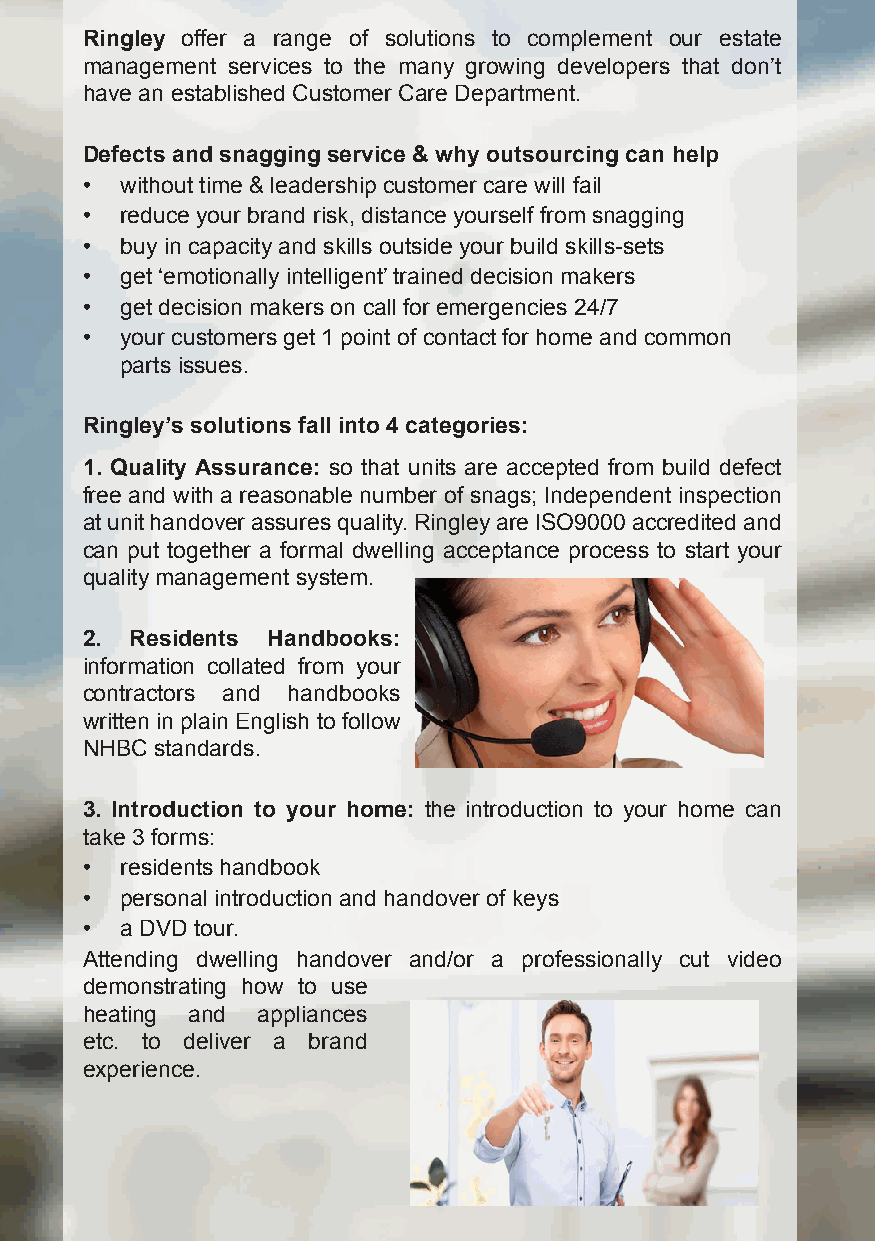
Ringley offer a range of solutions to complement our estate
 management services to the many growing developers that don’t
 have an established Customer Care Department.
 Defects and snagging service & why outsourcing can help
 •  without time & leadership customer care will fail
 •  reduce your brand risk, distance yourself from snagging
 •  buy in capacity and skills outside your build skills-sets
 •  get ‘emotionally intelligent’ trained decision makers
 •  get decision makers on call for emergencies 24/7
 •  your customers get 1 point of contact for home and common
 parts issues.
 Ringley’s solutions fall into 4 categories:
 1. Quality Assurance: so that units are accepted from build defect
 free and with a reasonable number of snags; Independent inspection
 at unit handover assures quality. Ringley are ISO9000 accredited and
 can put together a formal dwelling acceptance process to start your
 quality management system.
 2.  Residents Handbooks:
 information collated from your
 contractors and handbooks
 written in plain English to follow
 NHBC standards.
 3. Introduction to your home: the introduction to your home can
 take 3 forms:
 •  residents handbook
 •  personal introduction and handover of keys
 •  a DVD tour.
 Attending dwelling handover and/or a professionally cut video
 demonstrating how to use
 heating and appliances
 etc. to deliver a brand
 experience.